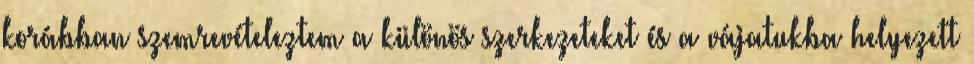
korábban szemrevételeztem a különös szerkezeteket és a vájatukba helyezett